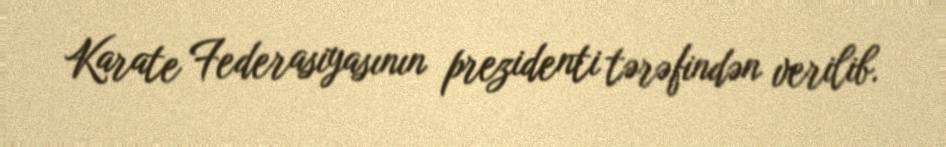
Karate Federasiyasının prezidenti tərəfindən verilib.